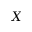
X